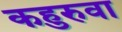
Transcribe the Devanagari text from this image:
कहुरुवा